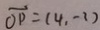
\overrightarrow { O P } = ( 4 , - 7 )